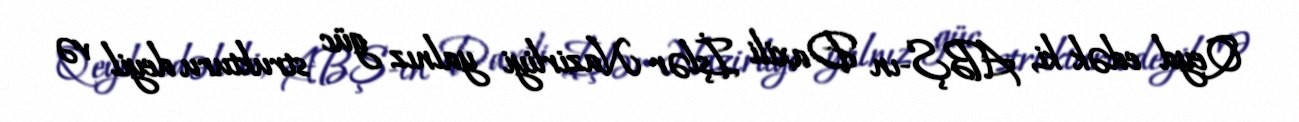
Qeyd edək ki, ABŞ-ın Daxili İşlər Nazirliyi yalnız güc strukturu deyil və